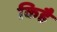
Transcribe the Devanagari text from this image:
किहै